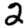
Digit: 2